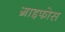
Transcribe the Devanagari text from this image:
ग्राइफोस